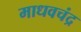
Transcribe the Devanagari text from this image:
माधवचंद्र